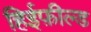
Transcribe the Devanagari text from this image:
हिईफ़ील्ड